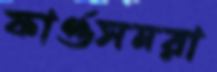
ফার্গুসনরা